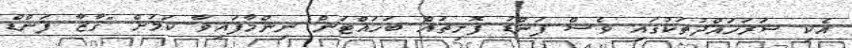
އެކި ސަރަހައްދުތަކުގައި ވެސް ފަންޑު ފޮށިތައް ބަހައްޓަން ނިންމާފައިވާ ކަމަށް "ގާޒާ ފަންޑް